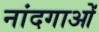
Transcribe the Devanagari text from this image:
नांदगाओं